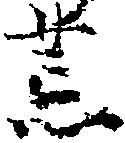
荒